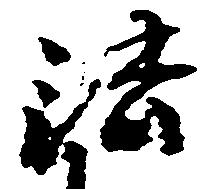
法